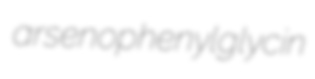
arsenophenylglycin